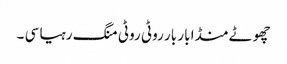
چھوٹے منڈا بار بار روٹی روٹی منگ رہیا سی ۔